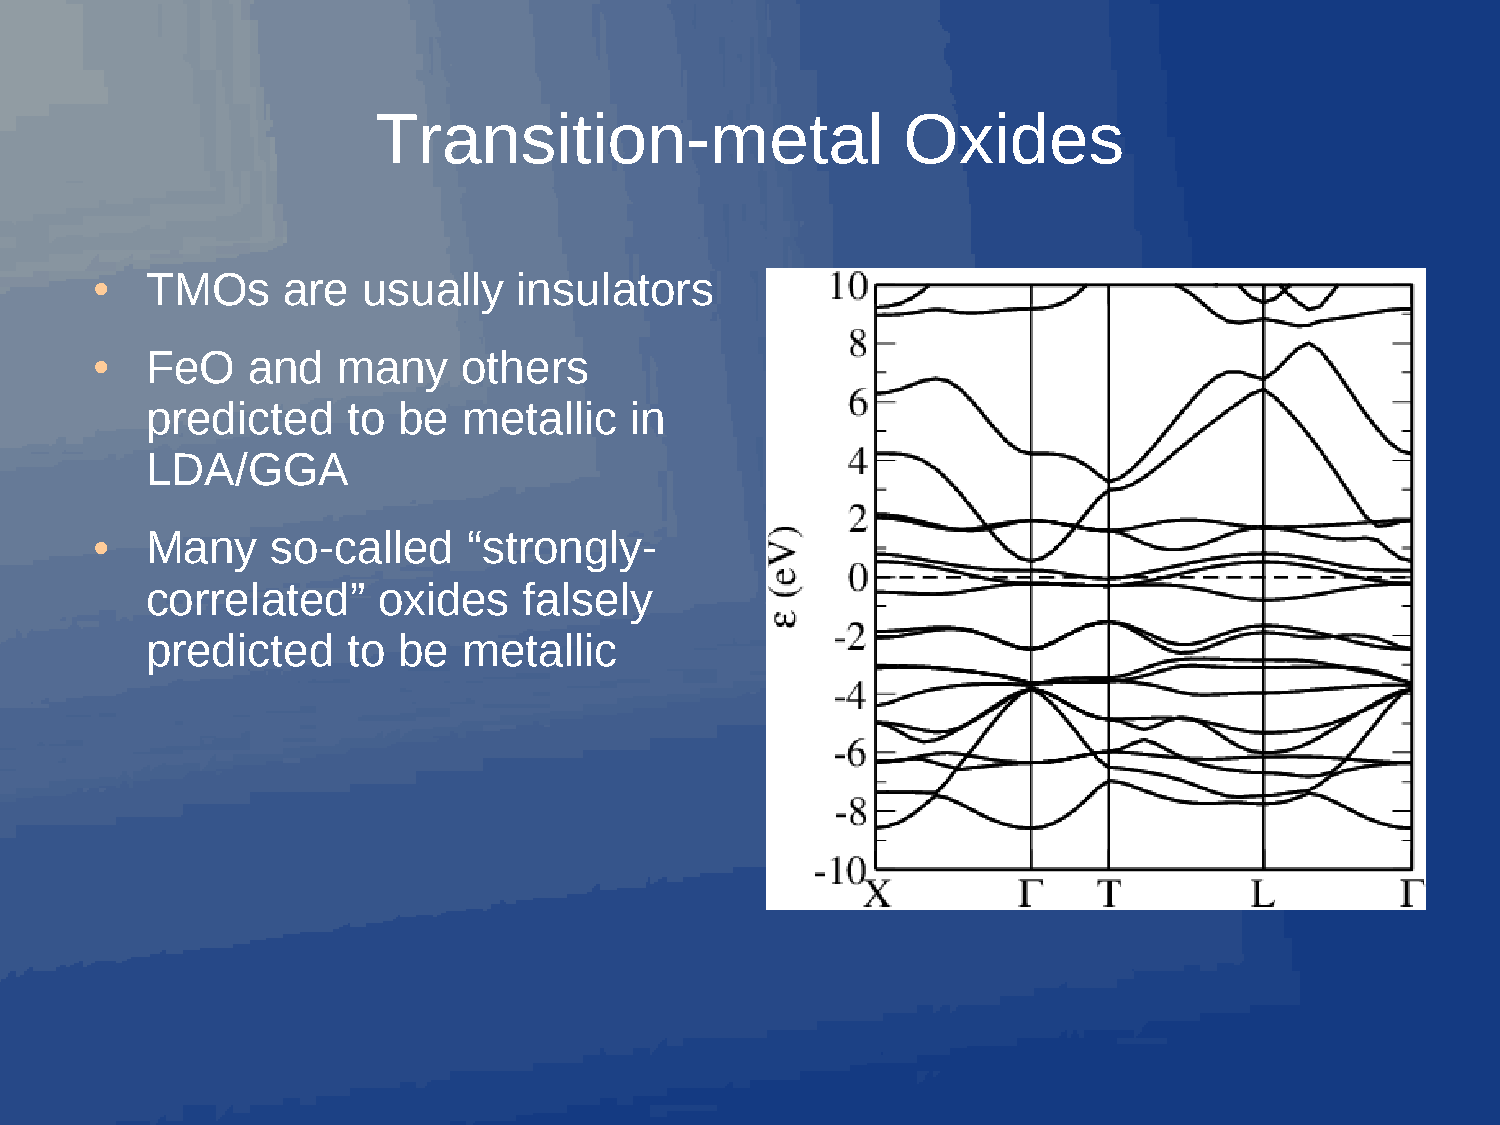
Transition-metal                   Oxides
 TMOs     are  usually   insulators
 ●
 FeO   and   many     others
 ●
 predicted    to be   metallic   in
 LDA/GGA
 Many    so-called    “strongly-
 ●
 correlated”    oxides    falsely
 predicted    to be   metallic